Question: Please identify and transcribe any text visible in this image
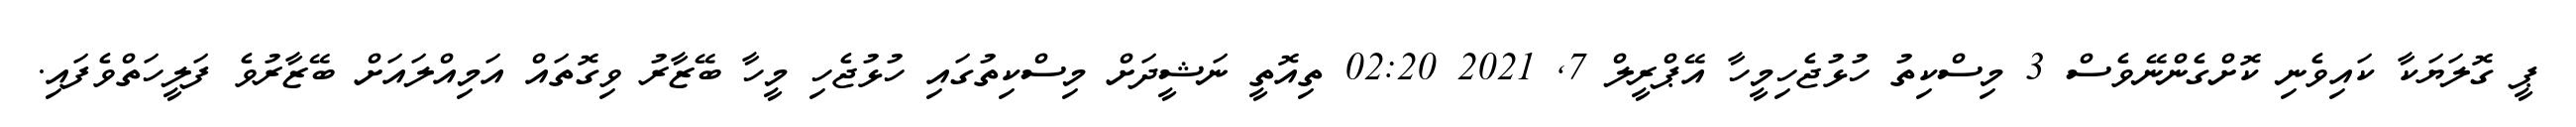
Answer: ޕީ ގޮލަޔަކާ ކައިވެނި ކޮށްގެންނޭވެސް 3 މިސްކިތު ހުޅުޖެހިމީހާ އޭޕްރީލް 7, 2021 02:20 ތިއޮތީ ނަޝީދަށް މިސްކިތުގައި ހުޅުޖެހި މީހާ ބޭޒާރު ވިގޮތައް އަމިއްލައަށް ބޭޒާރުވެ ފަލީހަތްވެފައި.